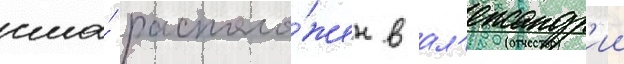
сша́ располо́жен в ал'ександр'ии